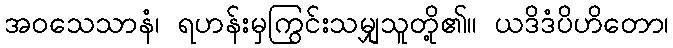
အဝသေသာနံ၊ ရဟန်းမှကြွင်းသမျှသူတို့၏။ ယဒိဒံပိဟိတော၊